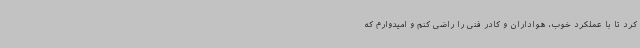
کرد تا با عملکرد خوب، هواداران و کادر فنی را راضی کنم و امیدوارم که